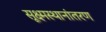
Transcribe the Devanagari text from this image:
सूक्ष्मस्थानांतरण